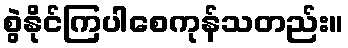
စွဲနိုင်ကြပါစေကုန်သတည်း။